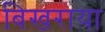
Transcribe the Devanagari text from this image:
बिखराया